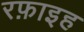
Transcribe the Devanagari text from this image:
रफ़ाइह